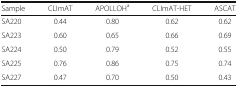
| Sample | CLImAT | APOLLOHa | CLImAT-HET | ASCAT |
 | --- | --- | --- | --- | --- |
 | SA220 | 0.44 | 0.80 | 0.62 | 0.62 |
 | SA223 | 0.60 | 0.65 | 0.66 | 0.69 |
 | SA224 | 0.50 | 0.79 | 0.52 | 0.55 |
 | SA225 | 0.76 | 0.86 | 0.75 | 0.74 |
 | SA227 | 0.47 | 0.70 | 0.50 | 0.43 |